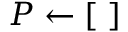
P \leftarrow [ \, \, ]